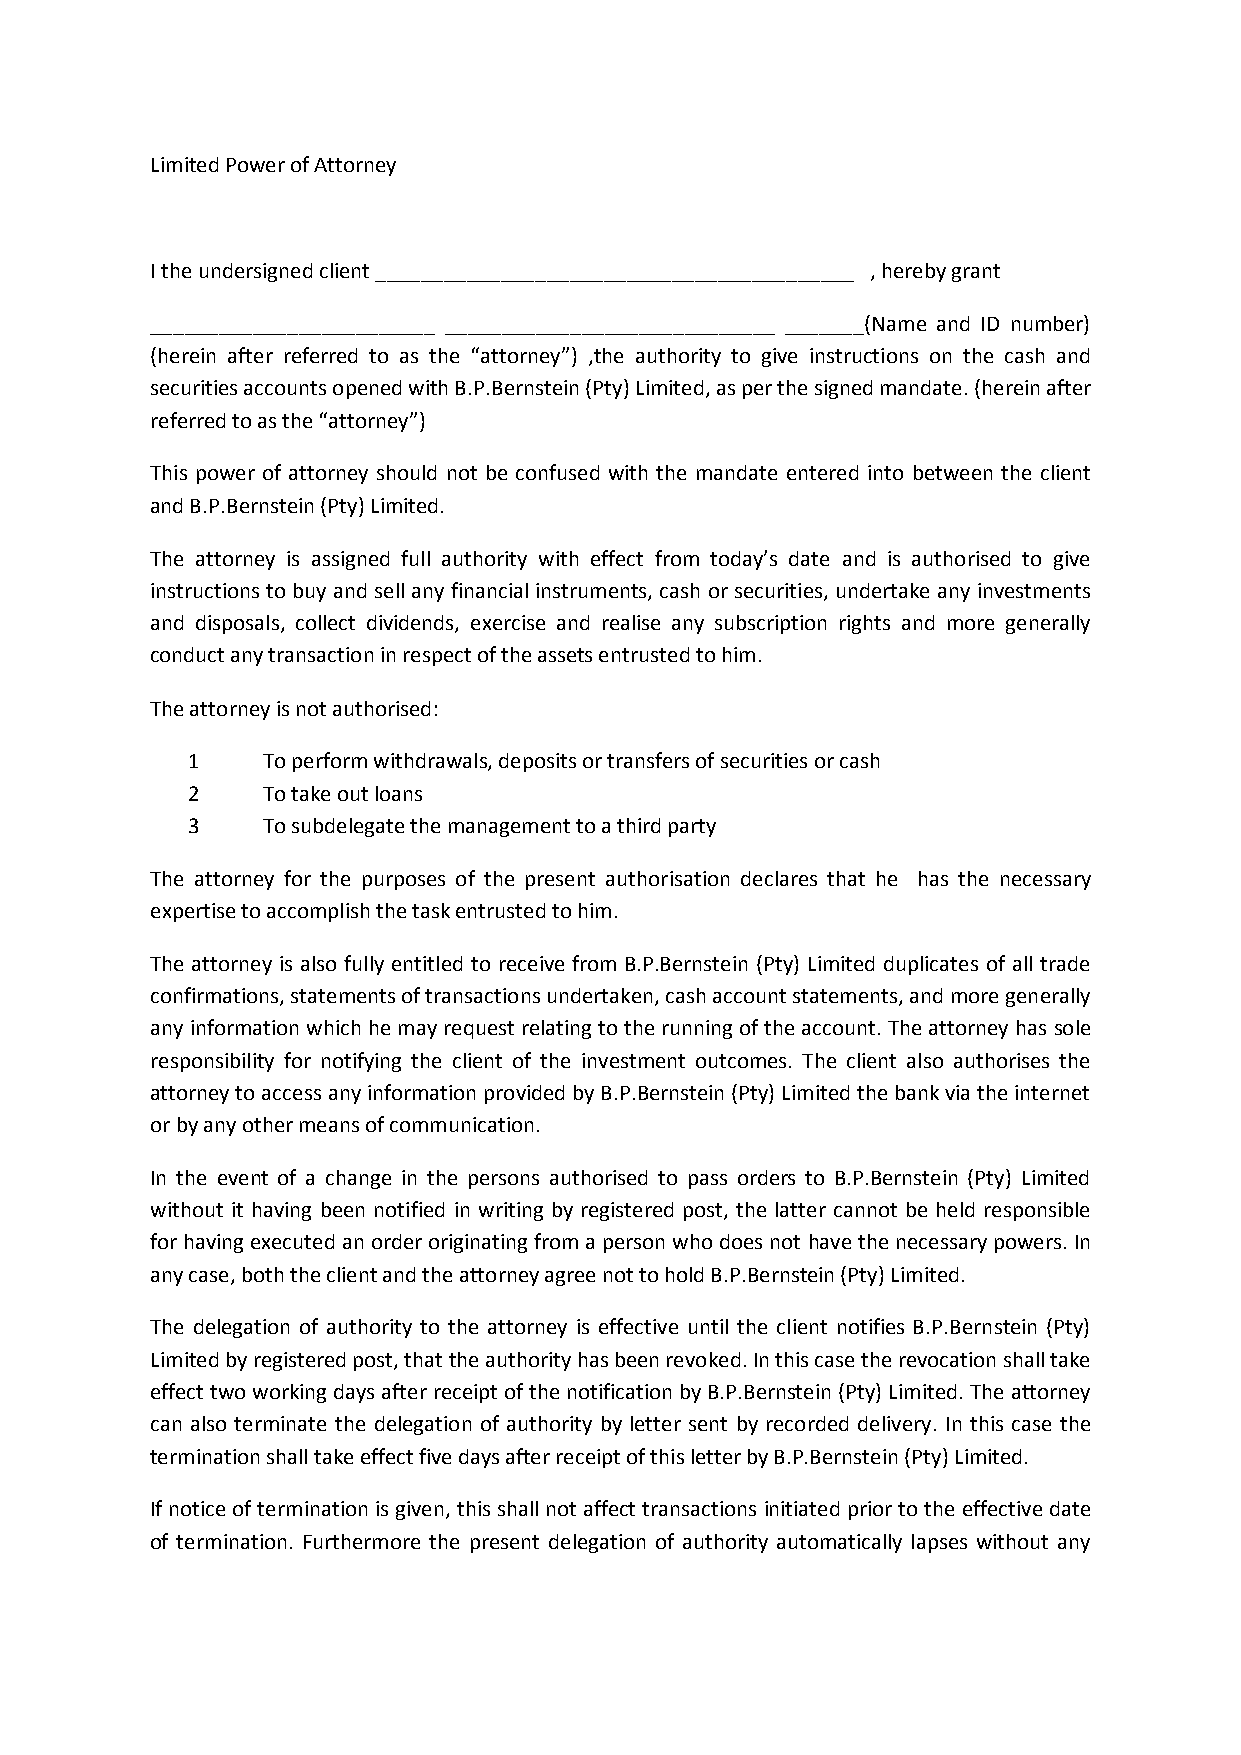
Limited Power of Attorney
 I the undersigned client __________________________________________ , hereby grant
 _________________________ _____________________________ _______(Name and ID number)
 (herein after referred to as the “attorney”) ,the authority to give instructions on the cash and
 securities accounts opened with B.P.Bernstein (Pty) Limited, as per the signed mandate. (herein after
 referred to as the “attorney”)
 This power of attorney should not be confused with the mandate entered into between the client
 and B.P.Bernstein (Pty) Limited.
 The attorney is assigned full authority with effect from today’s date and is authorised to give
 instructions to buy and sell any financial instruments, cash or securities, undertake any investments
 and disposals, collect dividends, exercise and realise any subscription rights and more generally
 conduct any transaction in respect of the assets entrusted to him.
 The attorney is not authorised:
 1    To perform withdrawals, deposits or transfers of securities or cash
 2    To take out loans
 3    To subdelegate the management to a third party
 The attorney for the purposes of the present authorisation declares that he has the necessary
 expertise to accomplish the task entrusted to him.
 The attorney is also fully entitled to receive from B.P.Bernstein (Pty) Limited duplicates of all trade
 confirmations, statements of transactions undertaken, cash account statements, and more generally
 any information which he may request relating to the running of the account. The attorney has sole
 responsibility for notifying the client of the investment outcomes. The client also authorises the
 attorney to access any information provided by B.P.Bernstein (Pty) Limited the bank via the internet
 or by any other means of communication.
 In the event of a change in the persons authorised to pass orders to B.P.Bernstein (Pty) Limited
 without it having been notified in writing by registered post, the latter cannot be held responsible
 for having executed an order originating from a person who does not have the necessary powers. In
 any case, both the client and the attorney agree not to hold B.P.Bernstein (Pty) Limited.
 The delegation of authority to the attorney is effective until the client notifies B.P.Bernstein (Pty)
 Limited by registered post, that the authority has been revoked. In this case the revocation shall take
 effect two working days after receipt of the notification by B.P.Bernstein (Pty) Limited. The attorney
 can also terminate the delegation of authority by letter sent by recorded delivery. In this case the
 termination shall take effect five days after receipt of this letter by B.P.Bernstein (Pty) Limited.
 If notice of termination is given, this shall not affect transactions initiated prior to the effective date
 of termination. Furthermore the present delegation of authority automatically lapses without any